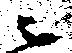
ニ